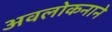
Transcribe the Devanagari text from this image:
अवलोकनाने